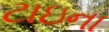
ટાઇના